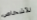
للأشخاص